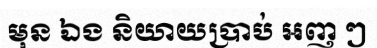
មុន ឯង និយាយប្រាប់ អញ ៗ